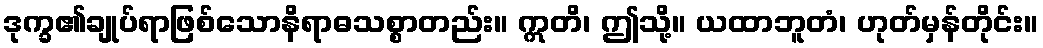
ဒုက္ခ၏ချုပ်ရာဖြစ်သောနိရာဓသစ္စာတည်း။ ဣတိ၊ ဤသို့။ ယထာဘူတံ၊ ဟုတ်မှန်တိုင်း။